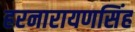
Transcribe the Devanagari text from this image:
हरनारायणसिंह